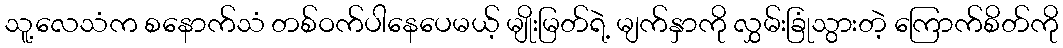
သူ့လေသံက စနောက်သံ တစ်ဝက်ပါနေပေမယ့် မျိုးမြတ်ရဲ့ မျက်နှာကို လွှမ်းခြုံသွားတဲ့ ကြောက်စိတ်ကို